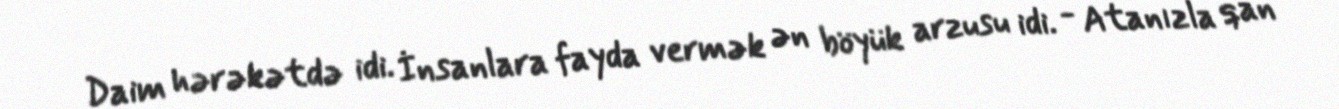
Daim hərəkətdə idi. İnsanlara fayda vermək ən böyük arzusu idi. - Atanızla qan